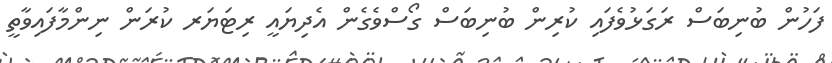
ފަހުން ބުނިބަސް ރަގަޅުވެފައި ކުރިން ބުނިބަސް ގޯސްވެގެން އެދިޔައީ ރިޓަޔަރ ކުރަން ނިންމާފައިވާތީ